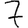
Digit: 7